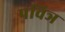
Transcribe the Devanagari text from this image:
पविञ